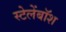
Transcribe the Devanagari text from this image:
स्टेलेंबॉश